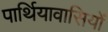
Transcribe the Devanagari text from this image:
पार्थियावासियों